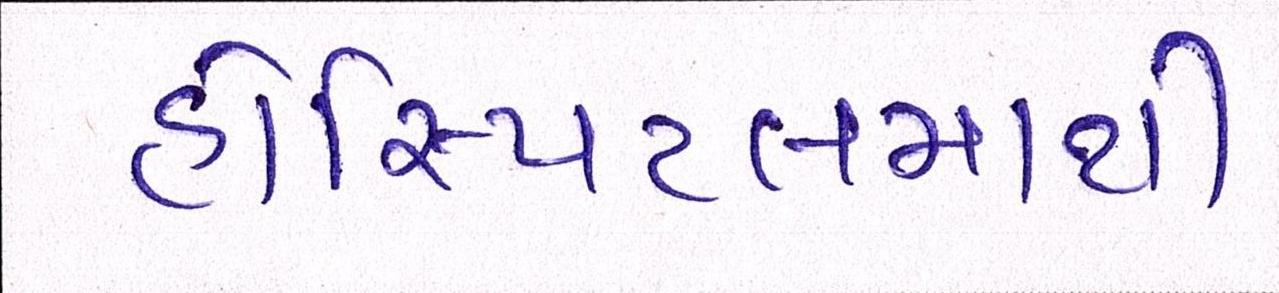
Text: હોસ્પિટલમાંથી